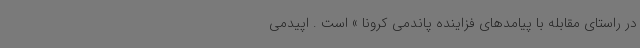
در راستای مقابله با پیامدهای فزاینده پاندمی کرونا » است . اپیدمی